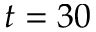
t = 3 0